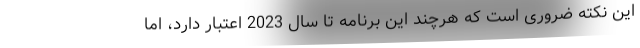
این نکته ضروری است که هرچند این برنامه تا سال 2023 اعتبار دارد، اما